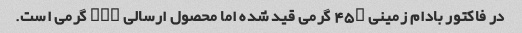
در فاکتور بادام زمینی ۴۵۰ گرمی قید شده اما محصول ارسالی ۳۰۰ گرمی است.